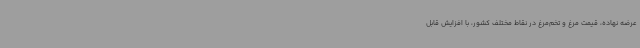
عرضه نهاده، قیمت مرغ و تخم‌مرغ در نقاط مختلف کشور، با افزایش قابل